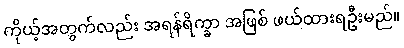
ကိုယ့်အတွက်လည်း အရန်ရိက္ခာ အဖြစ် ဖယ်ထားရဦးမည်။